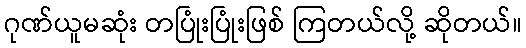
ဂုဏ်ယူမဆုံး တပြုံးပြုံးဖြစ် ကြတယ်လို့ ဆိုတယ်။